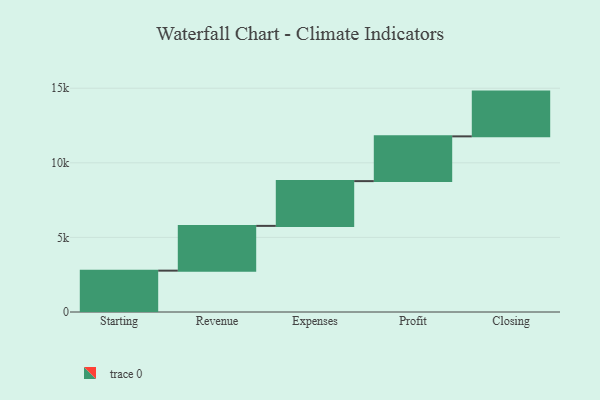
{"axis": {"x": "Step", "y": "Value"}, "legend": [""], "data": [{"x": "Starting", "y": 2772.0, "type": ""}, {"x": "Revenue", "y": 3000, "type": ""}, {"x": "Expenses", "y": 3000, "type": ""}, {"x": "Profit", "y": 3000, "type": ""}, {"x": "Closing", "y": 3000, "type": ""}]}